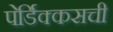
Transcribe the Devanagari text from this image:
पेर्डिक्कसची